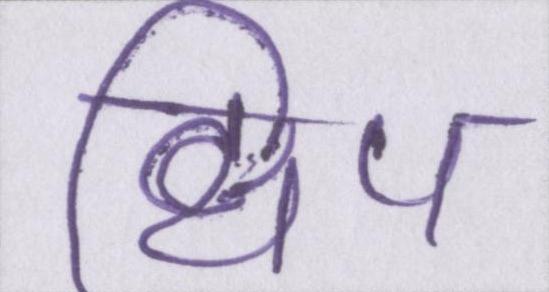
क्षिप